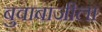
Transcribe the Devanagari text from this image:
बुवाबाजीला